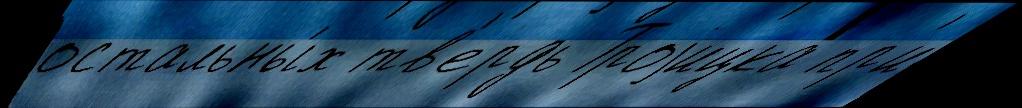
остальны́х тв'ердь Троjицка пр'и